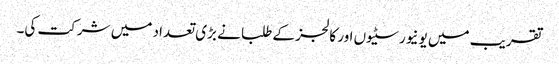
تقریب میں یونیورسٹیوں اور کالجز کے طلبا نے بڑی تعداد میں شرکت کی۔